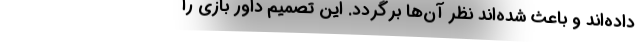
داده‌اند و باعث شده‌اند نظر آن‌ها برگردد. این تصمیم داور بازی را